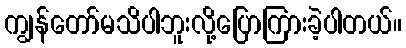
ကျွန်တော်မသိပါဘူးလို့ပြောကြားခဲ့ပါတယ်။